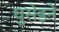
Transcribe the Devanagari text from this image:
घुसेड़ने